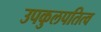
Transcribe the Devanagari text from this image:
उपकुलपतित्व